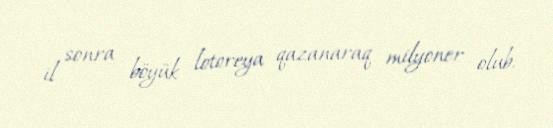
il sonra böyük lotoreya qazanaraq milyoner olub.